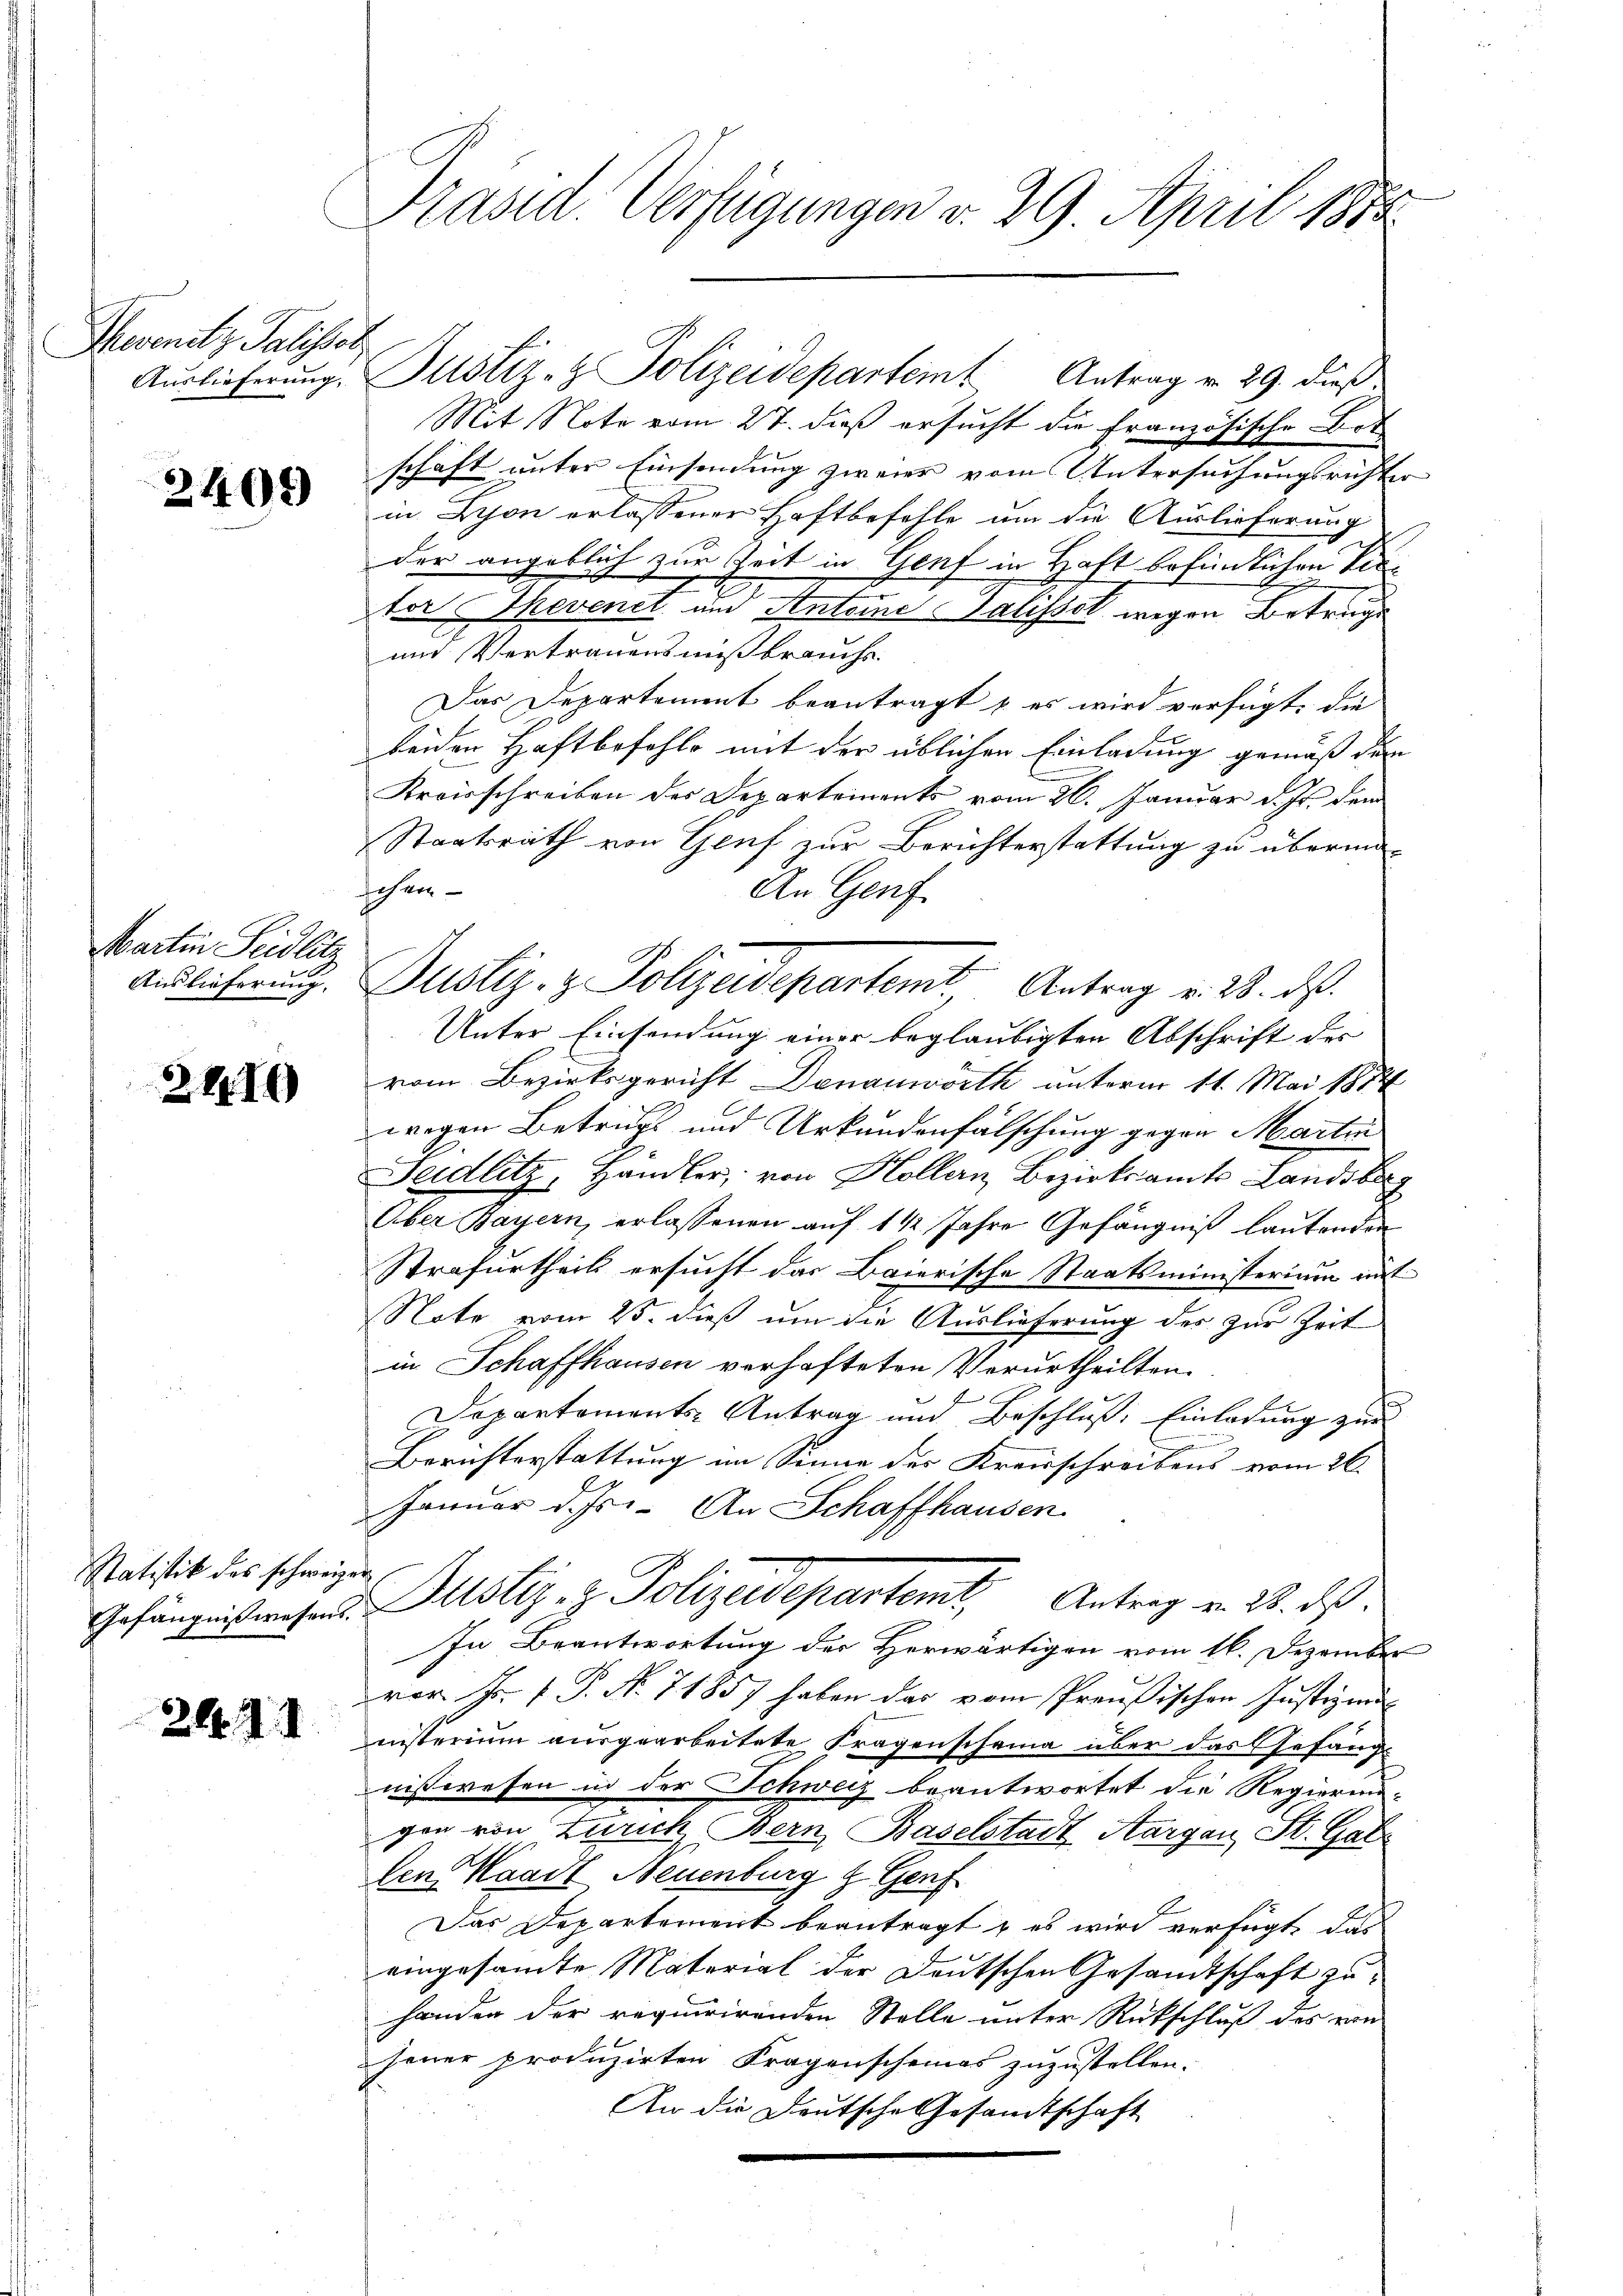
Thevenitz Palissot

2409)

Martin Seidlitz
Auslieferung.

2110

Statistik des schweizer

244. II

t

Mit Note vom 27. dieß ersucht die Französische Bet
schaft unter Einsendung zweier vom Untersuchungsrichter
in Dion erlassener Haftbefehle um die Auslieferung
der angeblich zur Zeit in Genf in Haft befindlichen Kirter Thevenet und Anteine Talisset wegen Betruge
und Vertrauensmißbrauchs.
Das Departement beantragt & es wird verfügt, die
beiden Haftbefohle mit der üblichen Einladung gemäß dem
Kreisschreiben des Departements vom 26. Januar d. Js. dem
Staatsrath von Genf zur Berichterstattung zu übermaschen-
An Genf
Unter Einsendung einer beglaubigten Abschrift des
vom Bezirksgericht Donauwörth unterm 11. Mai 1874
wegen Betrugs und Urkundenfälschung gegen Martin
Geidlitz, Handler, von Hollern Bezirksamts Landsberg
Über Bayern, erlassenen auf 1 1/2 Jahre Gefängniß lautenden
Strafurtheils ersucht das Baierische Staatsministerium mit
Note vom 25. dieß um die Auslieferung des zur Zeit
in Schaffhausen verhafteten Verurtheilten.
Departements-Antrag und Beschluß: Einladung zur

Berichterstattung im Sinne der Kreisschreibens vom 26.
Januar d. Js. An Schaffhausen.
Gefängnißwesen. Altstiz, z. Polizeidepartemt, Antrag v. 3. ds.
In Beantwortung der Herwärtigen vom 16. Dezember
vor J. P.P. Nr. 71857 haben das vom Preußischen Justizmi
nnsterium ausgearbeitete Fragenscheina über das Gefäng
nißwesen in der Schweiz beantwortet die Regierun-
gen von Zürich, Bern Baselstadt Aargau, St. Gal
lenKaadt Neuenburg & Genf
Das Departement beantragt, es wird verfügt, das
eingesamte Material der Deutschen Gesandtschaft zu
handen der requirirenden Stelle unter Rückschluß des von
jener produzirten Fragenscheines zuzustellen.
An die Deutsche Gesandtschaft

Präsid. Verfügungen v. 29. April 1882

Aŭslieferŭng. Justiz- & Polizeidepartem Antrag v. 29. dieß

Justiz- & Polizeidepartamt Antrag v. 28. ds.